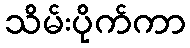
သိမ်းပိုက်ကာ